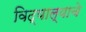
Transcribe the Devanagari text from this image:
विद्याल्याचे